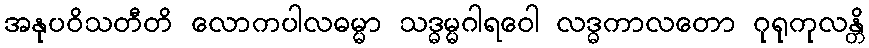
အနုပဝိသတီတိ လောကပါလဓမ္မာ သဒ္ဓမ္မဂါရဝေါ လဒ္ဓကာလတော ဂုရုကုလန္တိ